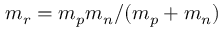
m _ { r } = m _ { p } m _ { n } / ( m _ { p } + m _ { n } )